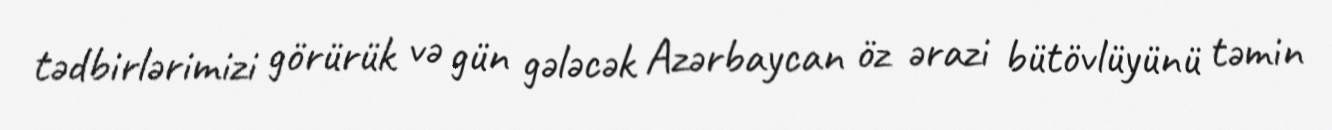
tədbirlərimizi görürük və gün gələcək Azərbaycan öz ərazi bütövlüyünü təmin